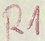
Text: R1